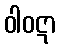
ဝါဝဋာ